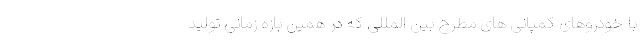
با خودروهای کمپانی های مطرح بین المللی که در همین بازه زمانی تولید